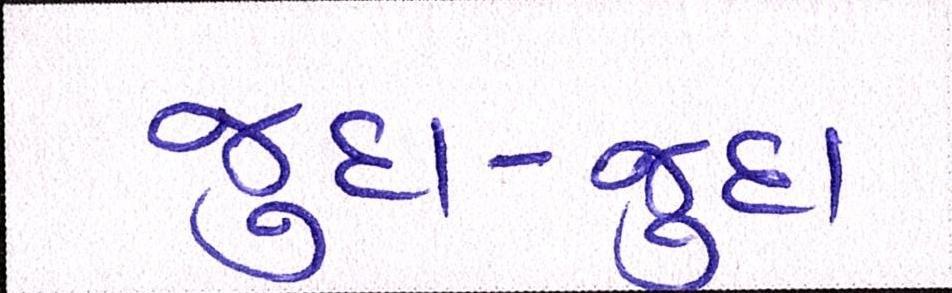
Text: જુદા-જુદા